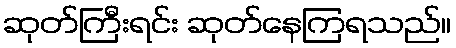
ဆုတ်ကြီးရင်း ဆုတ်နေကြရသည်။